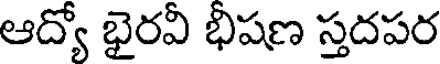
ఆద్యో భైరవీ భిషణ స్తదపర